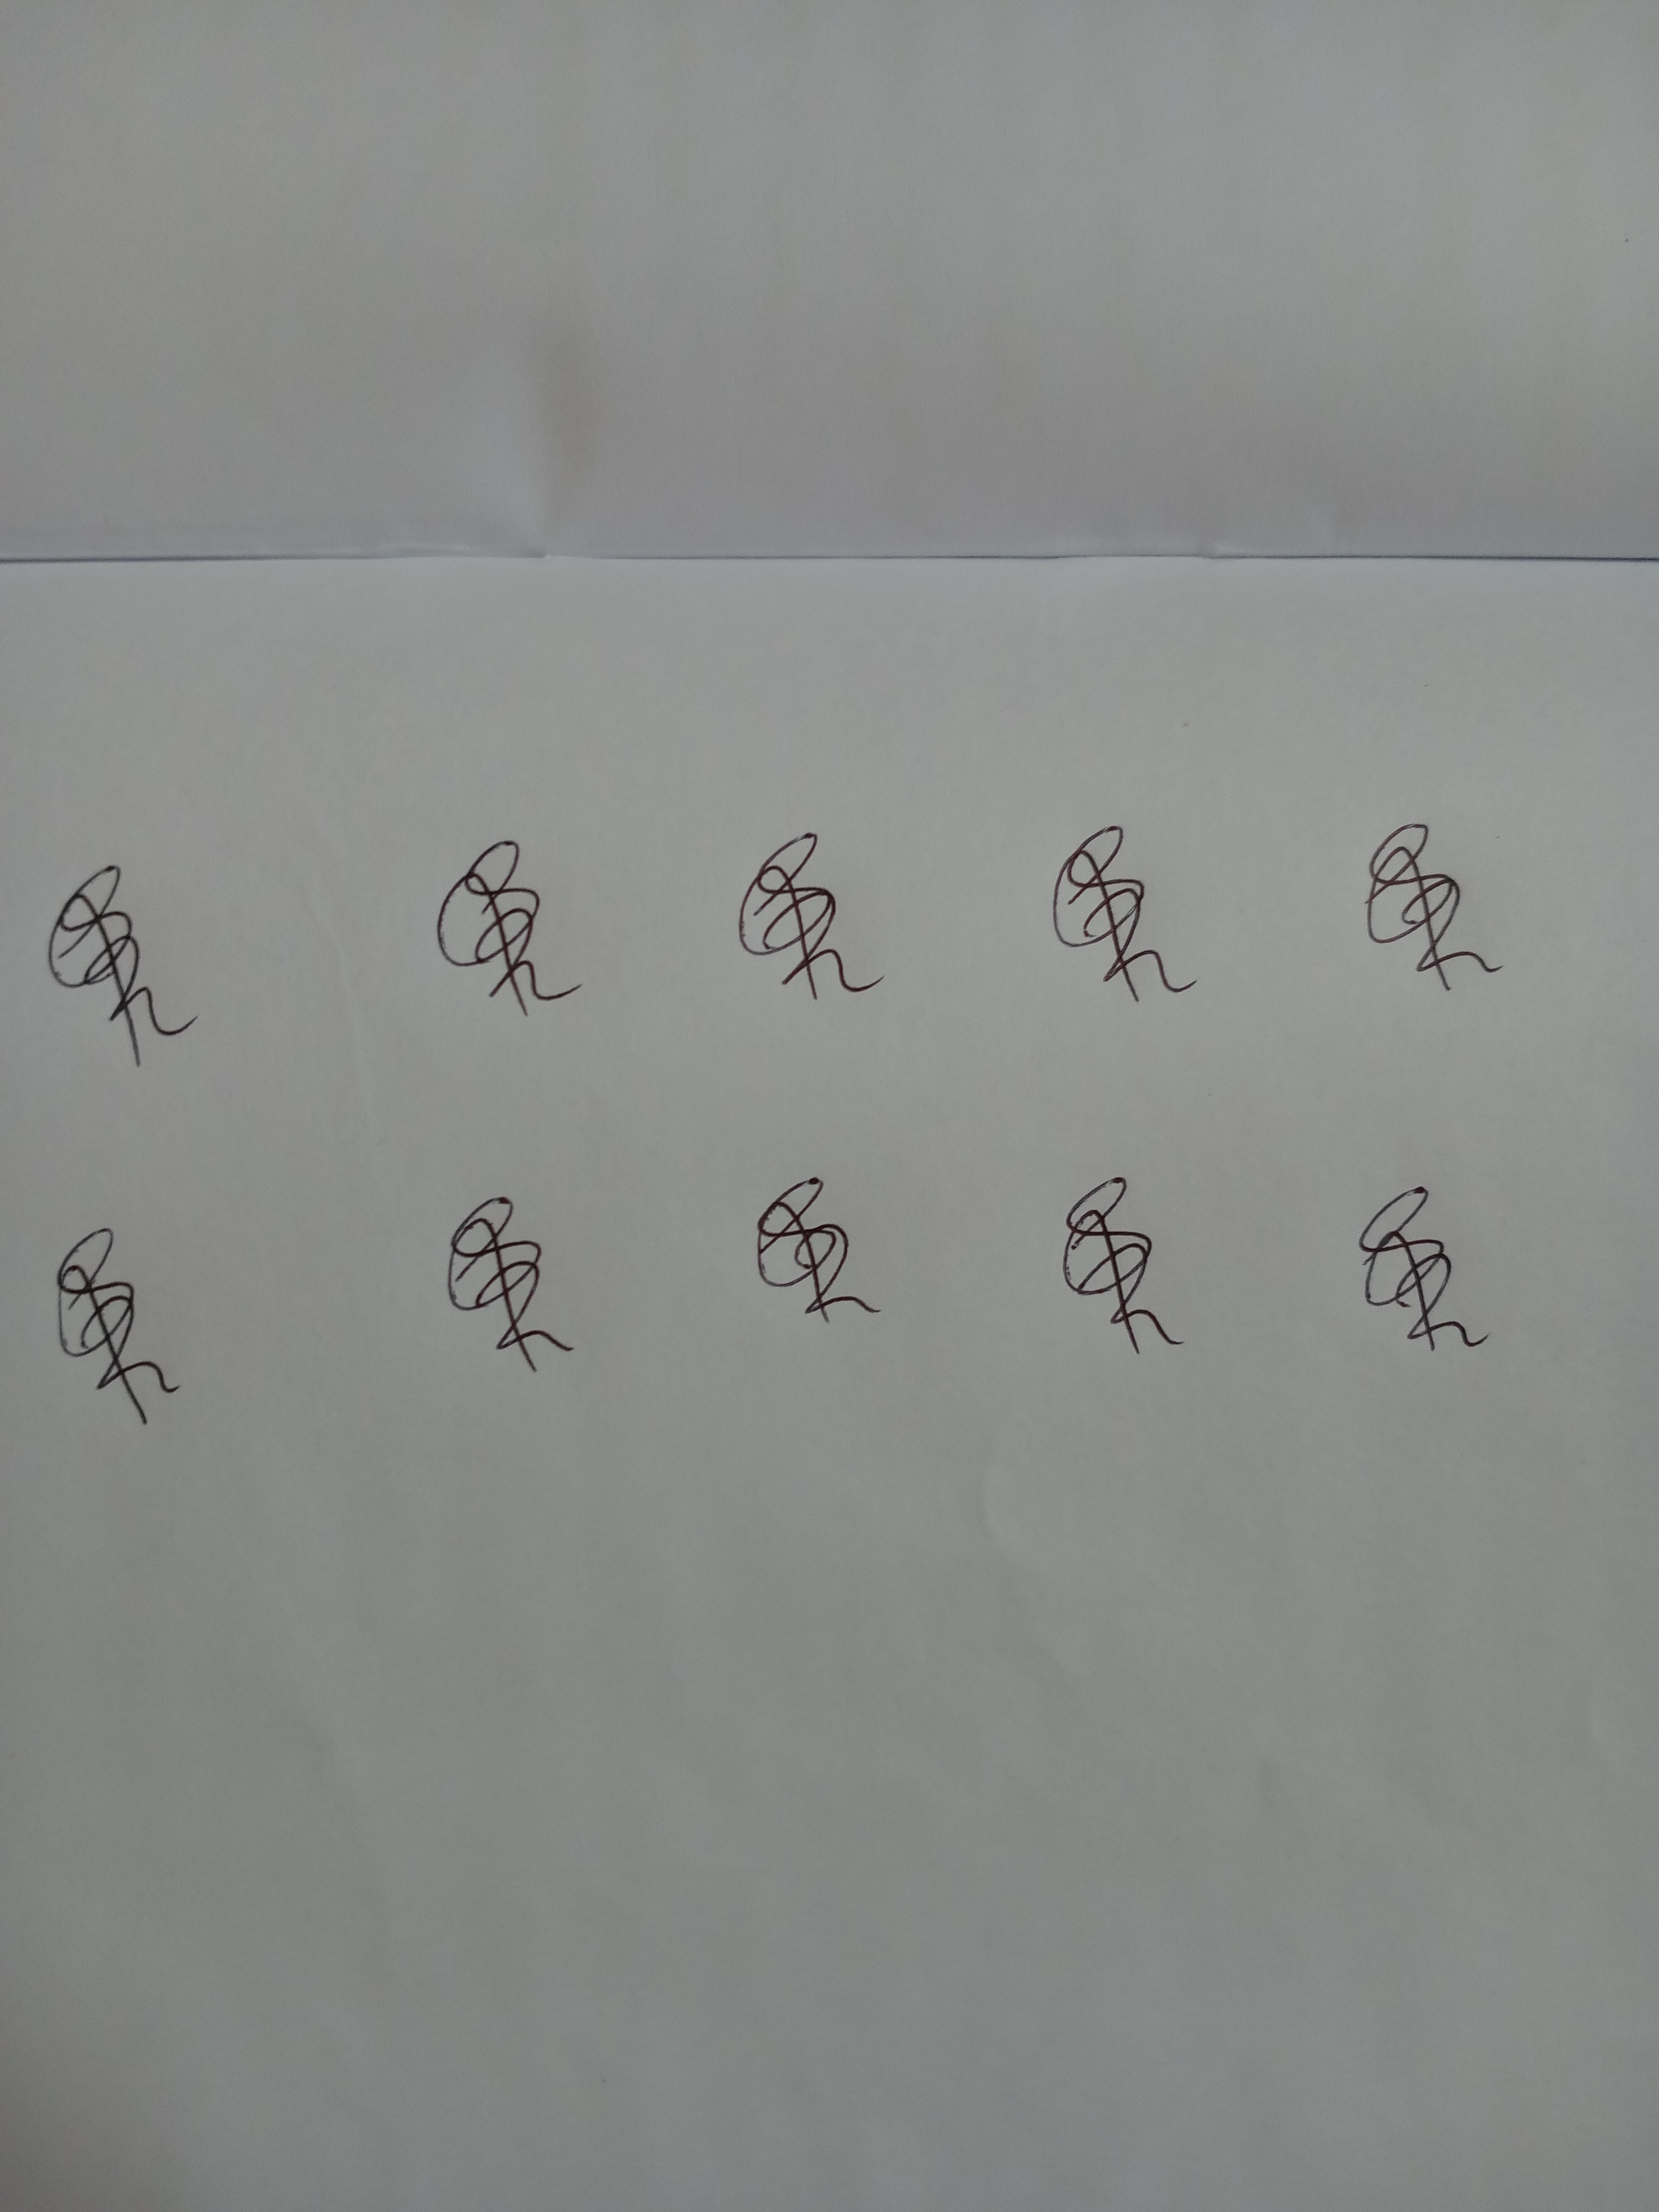
Signature authenticity: genuine